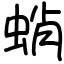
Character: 蛸